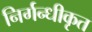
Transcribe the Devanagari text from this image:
निर्गन्धीकृत